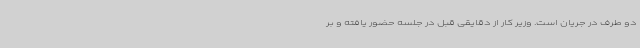
دو طرف در جریان است. وزیر کار از دقایقی قبل در جلسه حضور یافته و بر